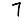
Digit: 7